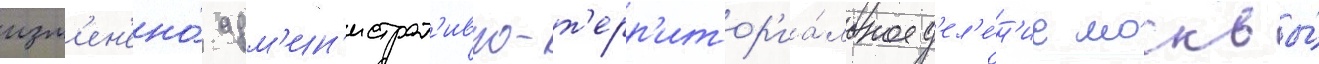
изм'ен'ено́ адм'ин'истрат'ивно-т'ерр'итор'иа́льное д'ел'е́н'ие москвы́